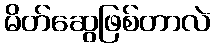
မိတ်ဆွေဖြစ်တာလဲ